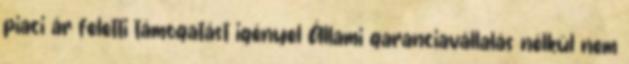
piaci ár feletti támogatást igényel Állami garanciavállalás nélkül nem